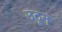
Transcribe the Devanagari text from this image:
उठून्